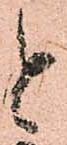
と